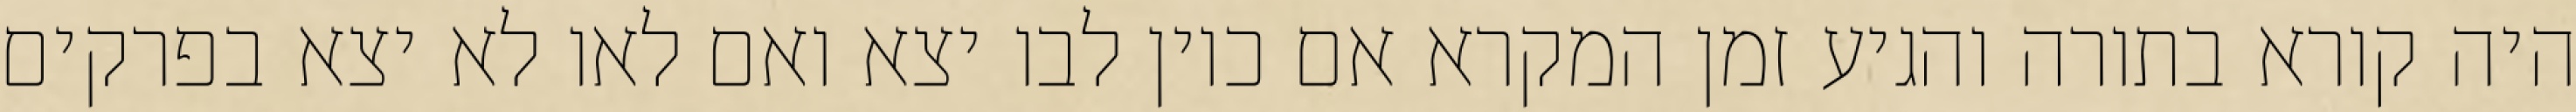
היה קורא בתורה והגיע זמן המקרא אם כיון לבו יצא ואם לאו לא יצא בפרקים